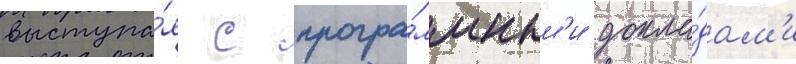
выступа́я с програ́ммным'и докла́дам'и